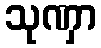
သုဏှာ